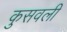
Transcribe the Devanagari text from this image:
कुसवली